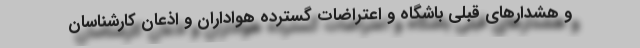
و هشدارهای قبلی باشگاه و اعتراضات گسترده هواداران و اذعان کارشناسان